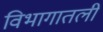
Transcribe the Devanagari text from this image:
विभागातली